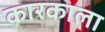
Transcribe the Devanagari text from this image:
कारकाला